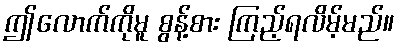
ဤလောက်ကိုမူ စွန့်စား ကြည့်ရလိမ့်မည်။